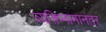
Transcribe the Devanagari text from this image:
व्यक्तिनामानंतर